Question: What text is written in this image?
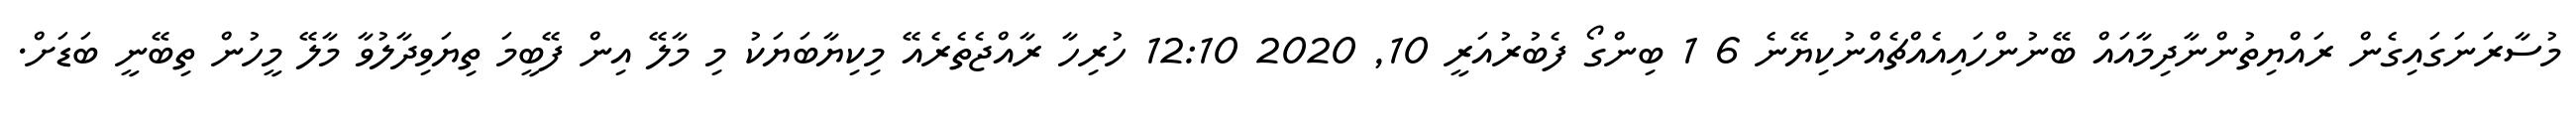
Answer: މުސާރަނަގައިގެން ރައްޔިތުންނާދިމާއައް ބޭނުންހައިއެއްޗެއްނުކިޔޭނެ 6 1 ބިންގޯ ފެބުރުއަރީ 10, 2020 12:10 ހުރިހާ ރާއްޖެތެރެއޭ މިކިޔާބަޔަކު މި މާލޭ އިން ފޭބީމަ ތިޔަވިދާލުވާ މާލޭ މީހުން ތިބޭނީ ބަޑަށް.